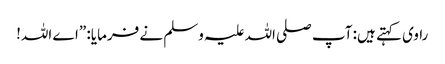
راوی کہتے ہیں: آپ صلی اللہ علیہ وسلم نے فرمایا: ”اے اللہ!